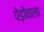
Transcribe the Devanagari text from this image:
पेड़ोंवाला